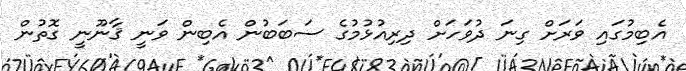
އެބިމުގައި ވަރަށް ގިނަ ދުވަހަށް ދިރިއުޅުމުގެ ސަބަބުން އެބިން ވަނީ ޤާނޫނީ ގޮތުން